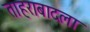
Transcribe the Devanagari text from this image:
ताहराबादला